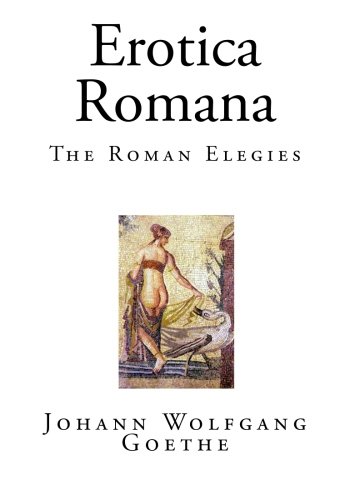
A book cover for Erotica Romana: The Roman Elegies (Classic Johann Wolfgang Goethe); Johann Wolfgang Goethe; Romance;